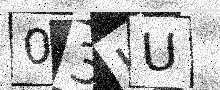
Text: 03HU